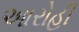
આરોહી